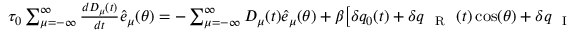
\begin{array} { r } { \tau _ { 0 } \sum _ { \mu = - \infty } ^ { \infty } \frac { d D _ { \mu } ( t ) } { d t } { \hat { e } _ { \mu } ( \theta ) } = - \sum _ { \mu = - \infty } ^ { \infty } D _ { \mu } ( t ) \hat { e } _ { \mu } ( \theta ) + \beta \big [ \delta q _ { 0 } ( t ) + \delta q _ { \mathrm { ~ { ~ R ~ } ~ } } ( t ) \cos ( \theta ) + \delta q _ { \mathrm { ~ { ~ I ~ } ~ } } ( t ) \sin ( \theta ) \big ] \mathcal { H } \big ( h _ { \infty } ( \theta ) - T \big ) . } \end{array}